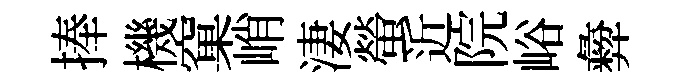
捧機窠峭淒螢近院峪彜